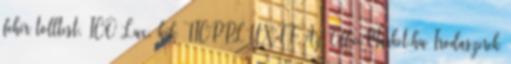
fehér tolltest, ICO Lux, kék TICPPLUXFF Az OfficeMarket.hu Irodaszerek